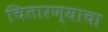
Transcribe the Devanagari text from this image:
चितारण्याचा